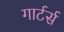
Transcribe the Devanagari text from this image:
गार्टर्स